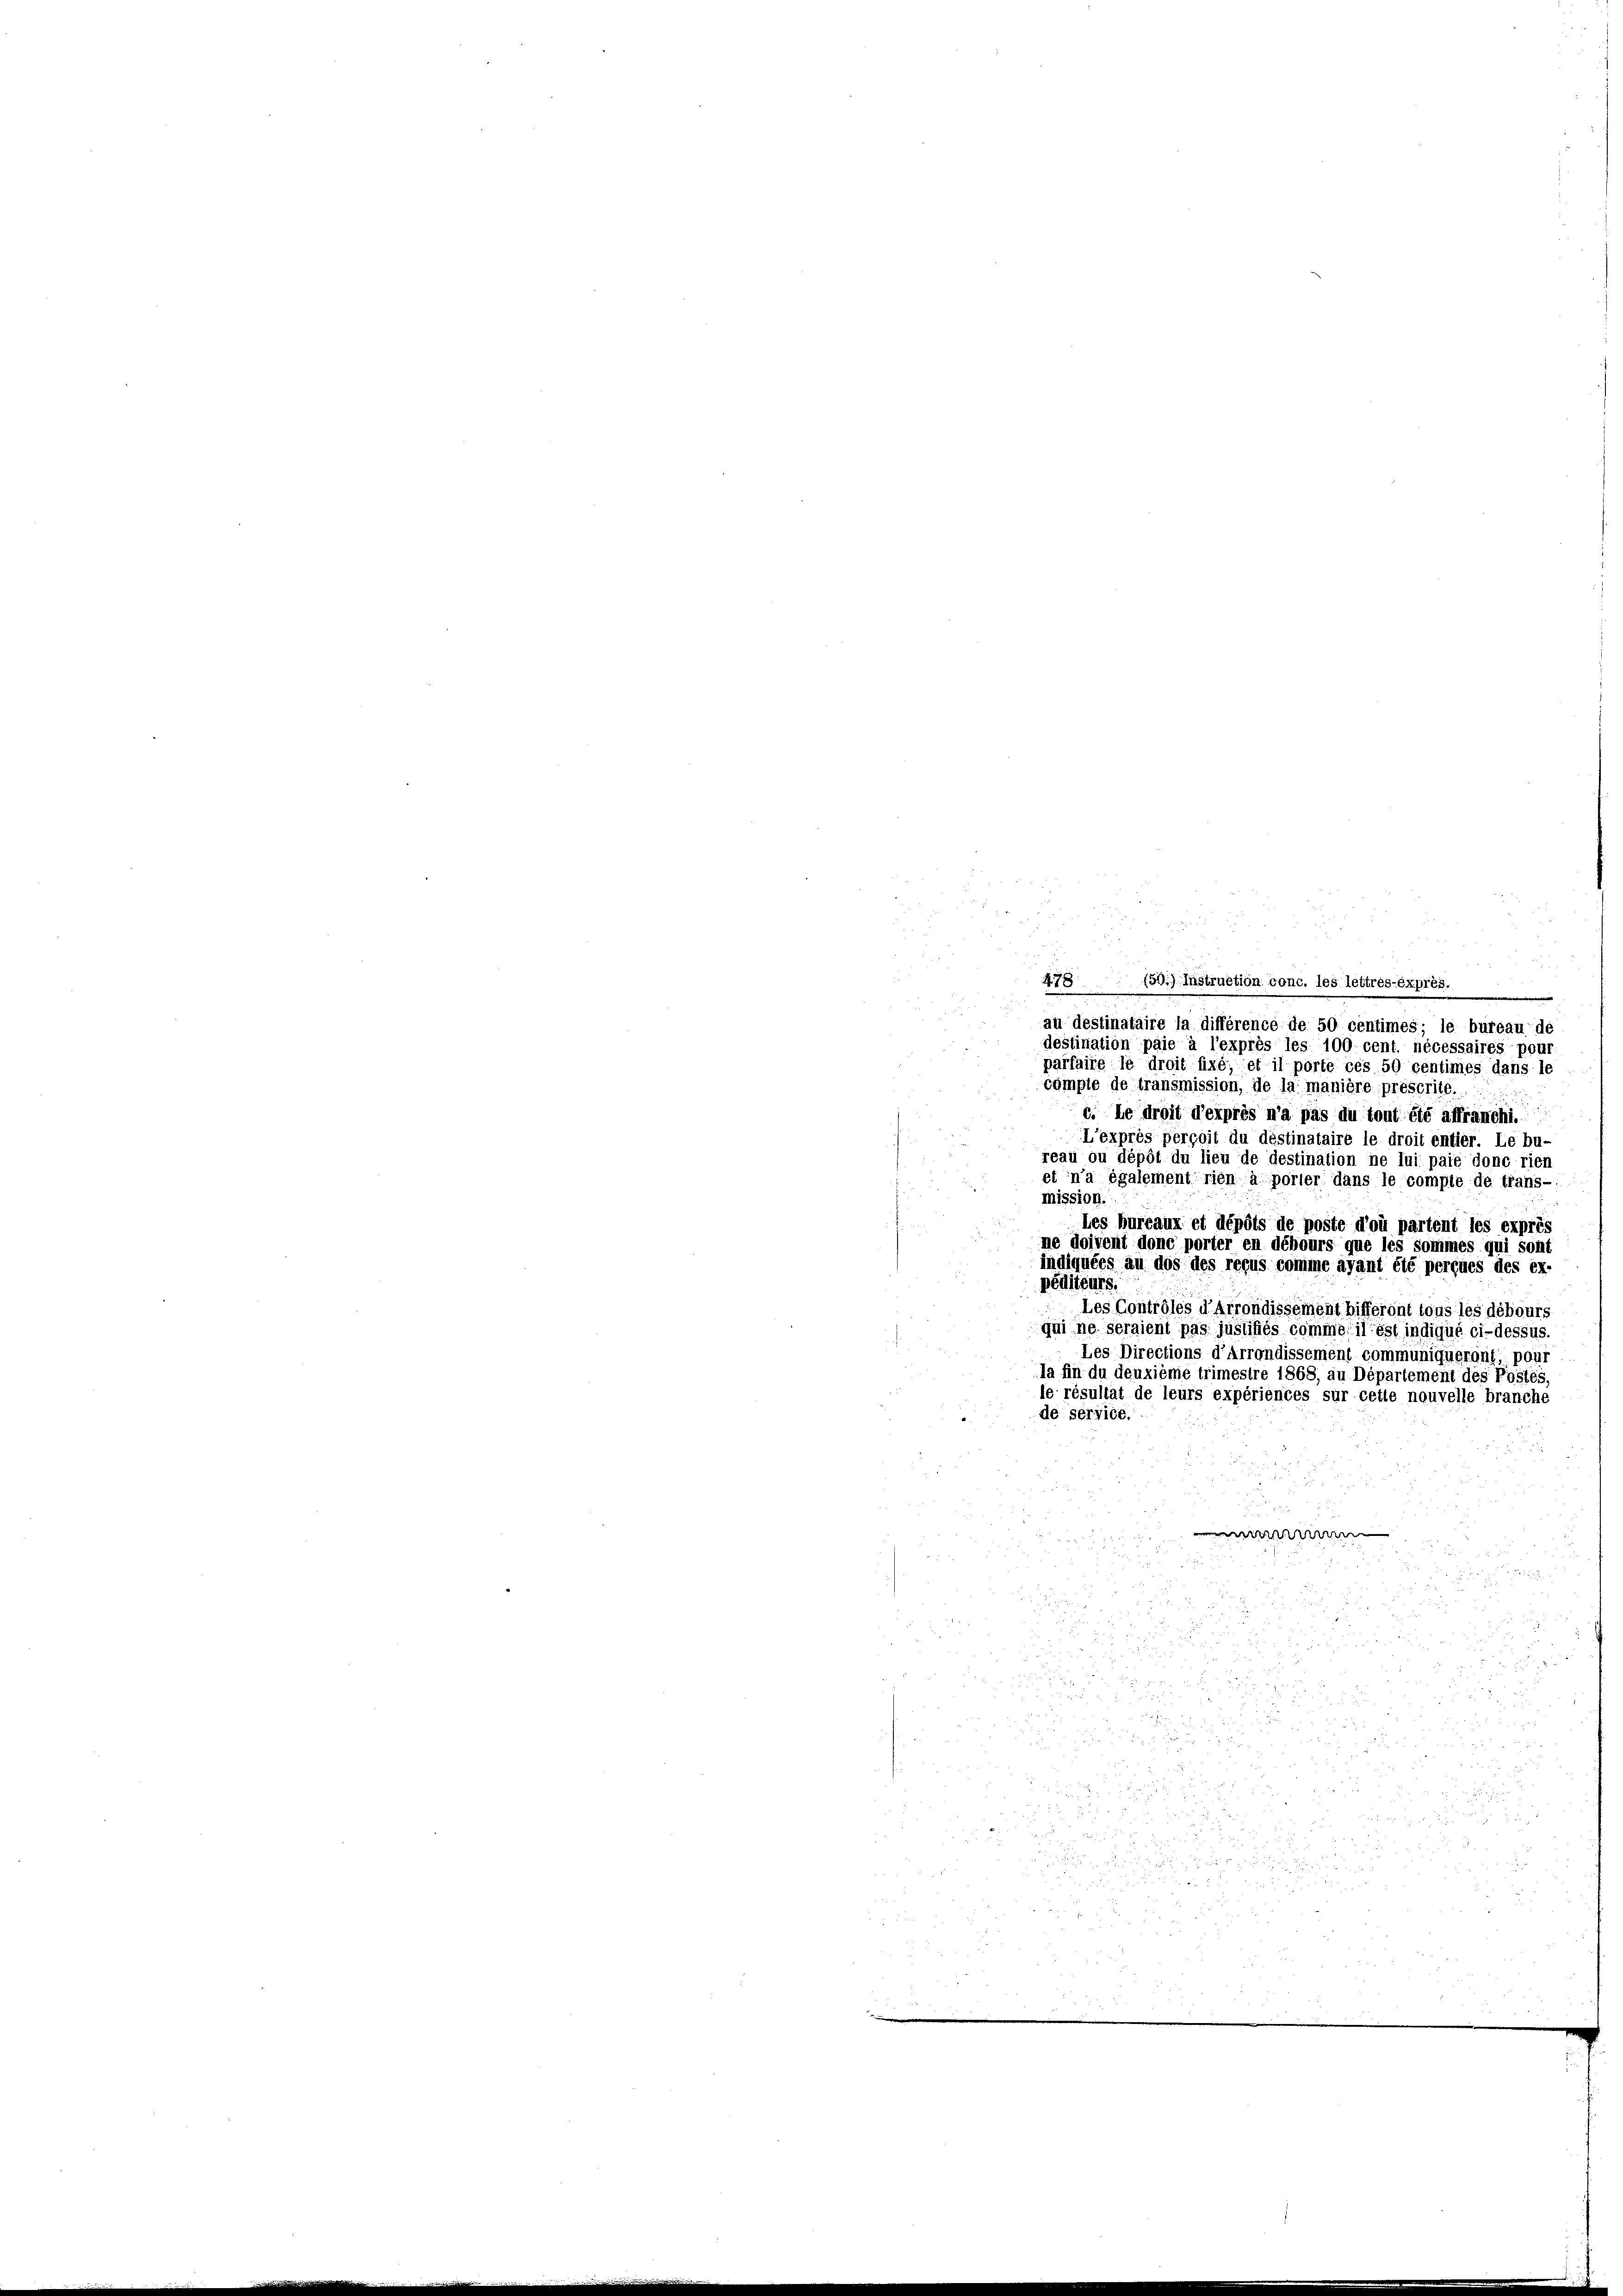
i
478 (50.) Instruction conc. les lettres-Expres.
u
au destinataire la différence de 50 centimes; le bureau de
destination paie à l’exprès les 100 cent nécessaires pour
parfaire le droit fixé; et il porte ces 50 centimes dans le
compte de transmission, de la manière prescrite.
¬
c. Le droit d’exprès n’a pas du tout été affranchi.
L’exprès perçoit du déstinataire le droit entier. Le bu-
reau ou dépôt du lieu de destination ne lui paie donc rien
et n’a également rien à porter dans le compte de trans-
mission.
les bureaux et dépôts de poste d’où partent les exprès
ne doivent donc porter en débours que les sommes qui sont
indiquées au dos des reçus comme avant été perçues des er-
péditeurs.
Les Contrôles d’arrondissement bifferont tous les débours
qui ne seraient pas justifiés comme il est indiqué ci-dessus.
Les Directions d’Arrondissement communiqueront, pour
la fin du deuxième trimestre 1868, au Département des Postes
le résultat de leurs expériences sur cette nouvelle branche
de service
5 f. 5
8
2 x
.
re Fr
22, 2
u

a

 xx

 25

xx

2 x 2 2 x
2
i

.
e